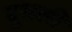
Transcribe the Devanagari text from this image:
दुधली